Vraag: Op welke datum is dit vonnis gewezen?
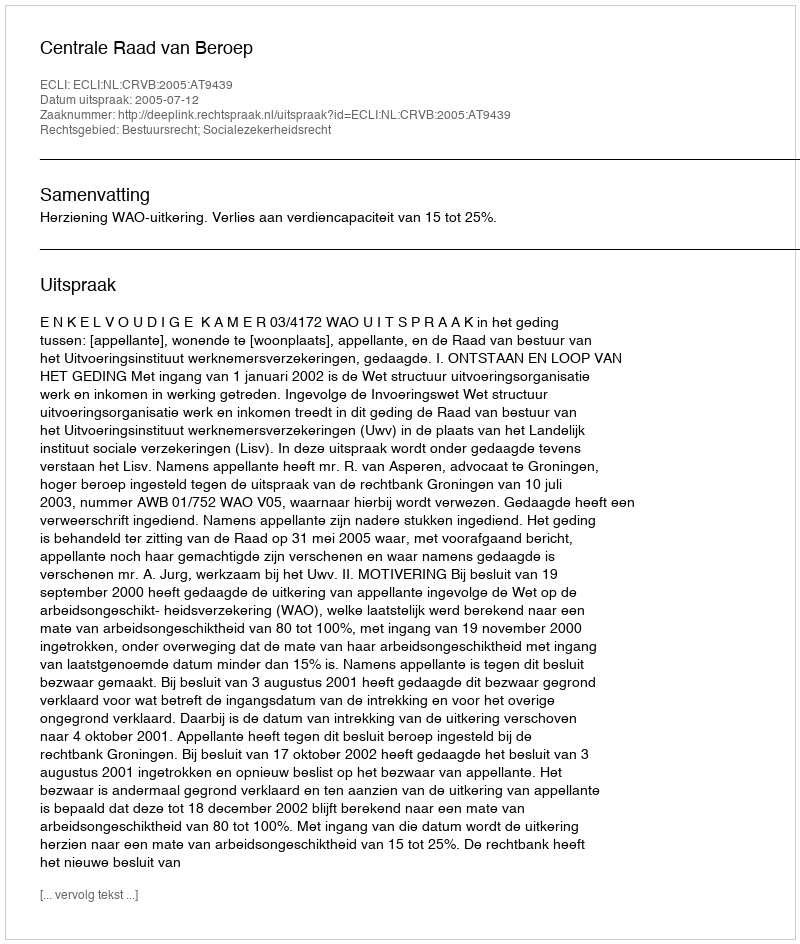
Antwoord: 2005-07-12